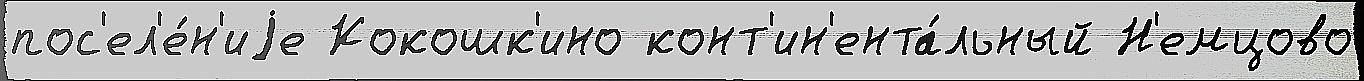
пос'ел'е́н'иjе Кокошк'ино конт'ин'ента́льный Н'емцово